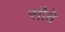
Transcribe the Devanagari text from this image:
सौवे